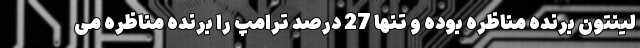
لینتون برنده مناظره بوده و تنها 27 درصد ترامپ را برنده مناظره می